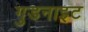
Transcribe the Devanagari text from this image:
गुडनाइट